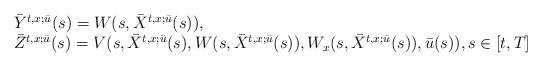
LaTeX: \begin{align*}\begin{array}[c]{ll}\bar{Y}^{t,x;\bar{u}}(s)=W(s,\bar{X}^{t,x;\bar{u}}(s)),\\ \bar{Z}^{t,x;\bar{u}}(s)=V(s,\bar{X}^{t,x;\bar{u}}(s),W(s,\bar{X}^{t,x;\bar{u}}(s)),W_x(s,\bar{X}^{t,x;\bar{u}}(s)),\bar{u}(s)),s\in\lbrack t,T]\end{array}\end{align*}